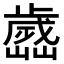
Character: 𣦭